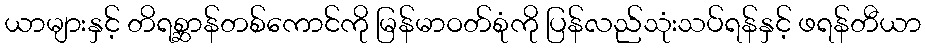
ယာများနှင့် တိရစ္ဆာန်တစ်ကောင်ကို မြန်မာဝတ်စုံကို ပြန်လည်သုံးသပ်ရန်နှင့် ဖရန်တီယာ